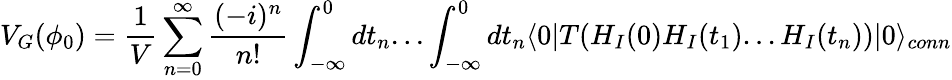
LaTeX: V_{G}(\phi_{0})={\frac{1}{V}}\sum_{n=0}^{\infty}\frac{(-i)^{n}}{n!}\int_{-\infty}^{0}dt_{n}...\int_{-\infty}^{0}dt_{n}\langle 0|T(H_{I}(0)H_{I}(t_{1})...H_{I}(t_{n}))|0{\rangle}_{conn}